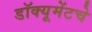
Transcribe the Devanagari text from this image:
डॉक्यूमेंटचे